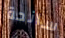
سانحة